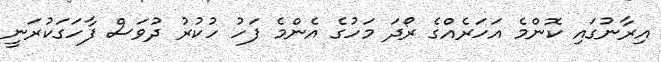
އިރާނުގައި ކޮންމެ އަހަރެއްގެ ރޯދަ މަހުގެ އެންމެ ފަހު ހުކުރު ދުވަސް ފާހަގަކުރަނީ